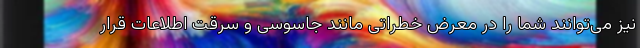
نیز می‌توانند شما را در معرض خطراتی مانند جاسوسی و سرقت اطلاعات قرار